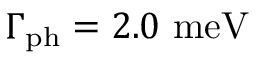
\Gamma _ { \mathrm { { p h } } } = 2 . 0 ~ \mathrm { { m e V } }